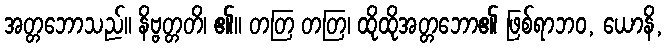
အတ္တဘောသည်။ နိဗ္ဗတ္တတိ၊ ၏။ တတြ တတြ၊ ထိုထိုအတ္တဘော၏ ဖြစ်ရာဘဝ, ယောနိ,